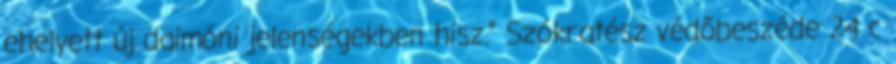
ehelyett új daimóni jelenségekben hisz.” Szókratész védőbeszéde 24 c